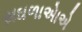
સઘળાએાએ